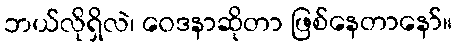
ဘယ်လိုရှိလဲ၊ ဝေဒနာဆိုတာ ဖြစ်နေတာနော်။